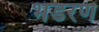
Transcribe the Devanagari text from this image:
भंडरण